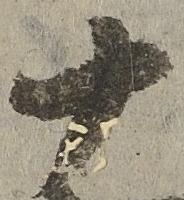
十